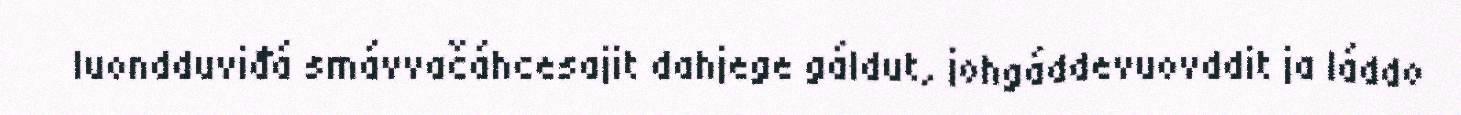
luondduviđá smávvačáhcesajit dahjege gáldut, johgáddevuovddit ja láddo